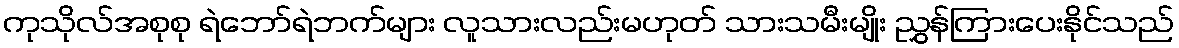
ကုသိုလ်အစုစု ရဲဘော်ရဲဘက်များ လူသားလည်းမဟုတ် သားသမီးမျိုး ညွှန်ကြားပေးနိုင်သည်